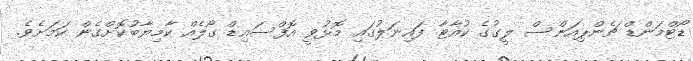
ޑޯޓްމަންޑް ޗެންޕިއަންސް ލީގުގެ ކުއާޓާ ފައިނަލުގައި މޮޅުވީ އޮފްސައިޑް ގޯލެއް ކާމިޔާބުކޮށްގެން ކަމަށެވެ.